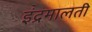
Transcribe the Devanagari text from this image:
इंद्रमालती